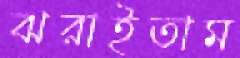
ঝরাইতাম